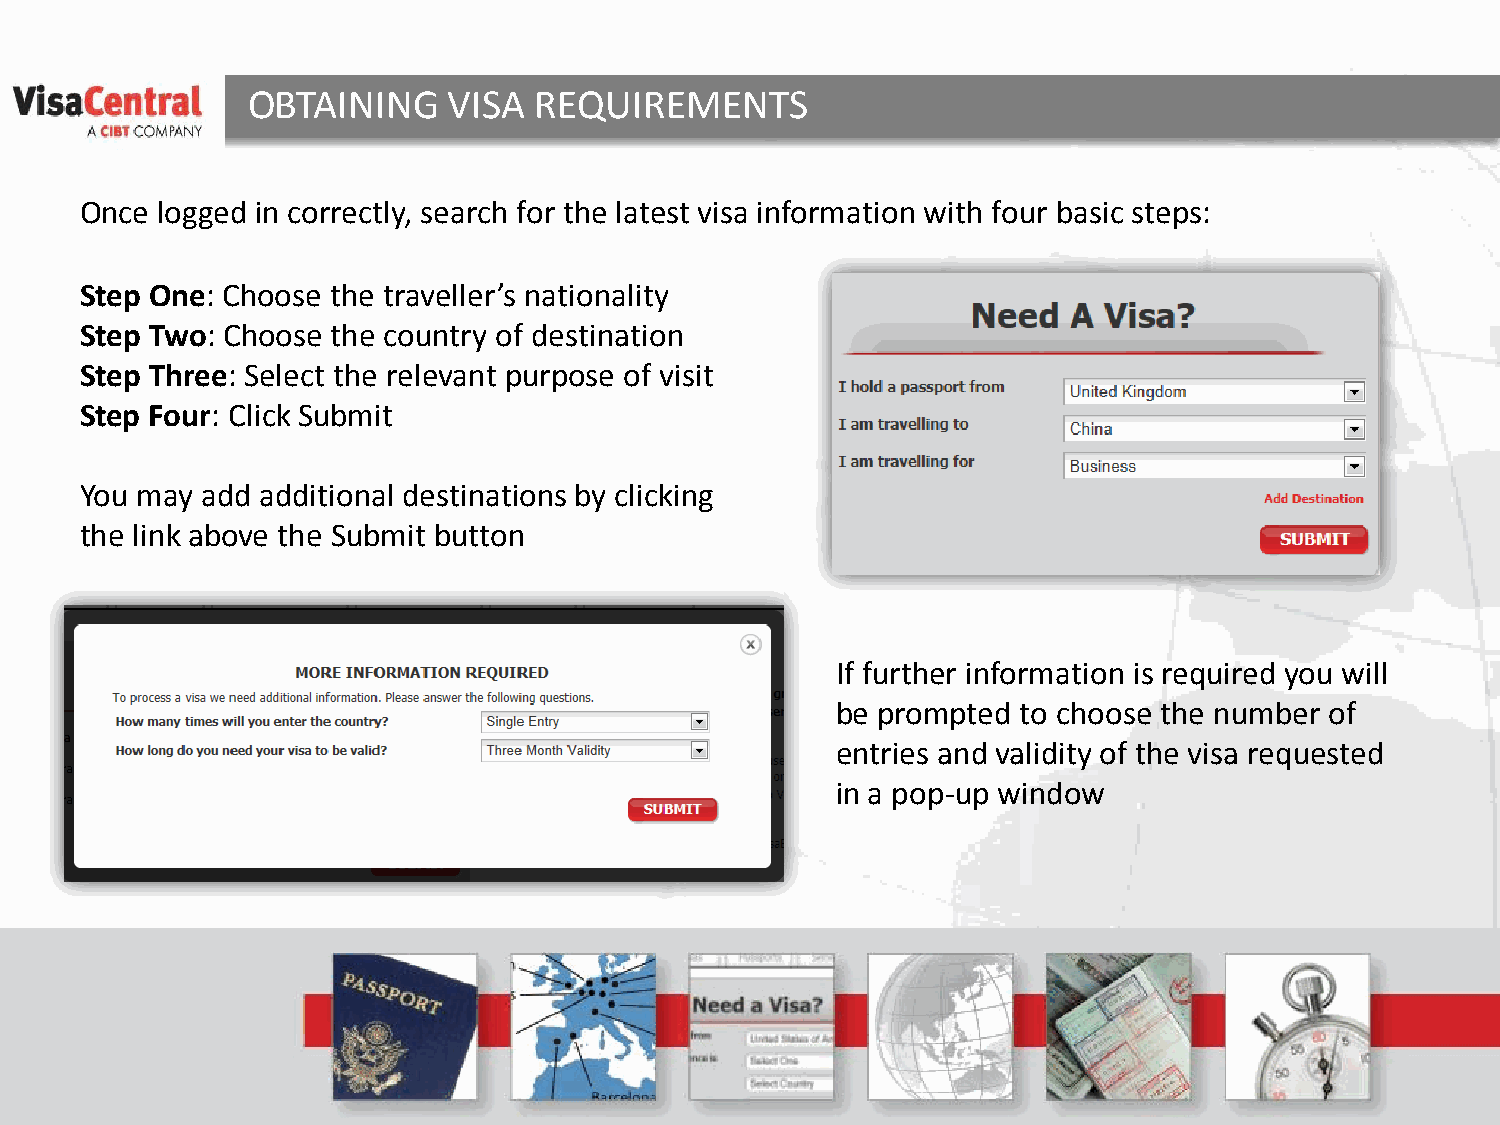
OBTAINING     VISA REQUIREMENTS
 Once logged in correctly, search for the latest visa information with four basic steps:
 Step One: Choose the traveller’s nationality
 Step Two: Choose the country of destination
 Step Three: Select the relevant purpose of visit
 Step Four: Click Submit
 You may add additional destinations by clicking
 the link above the Submit button
 If further information is required you will
 be prompted  to choose the number of
 entries and validity of the visa requested
 in a pop-up window